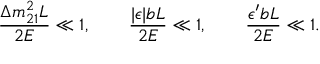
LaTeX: \frac { \Delta m _ { 2 1 } ^ { 2 } L } { 2 E } \ll 1 , \qquad \frac { | \epsilon | b L } { 2 E } \ll 1 , \qquad \frac { \epsilon ^ { \prime } b L } { 2 E } \ll 1 .